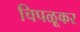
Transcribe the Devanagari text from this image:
चिपळूकर